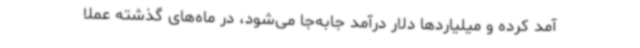
آمد کرده و میلیاردها دلار درآمد جابه‌جا می‌شود، در ماه‌های گذشته عملا